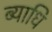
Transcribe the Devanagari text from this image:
ब्‍याधि